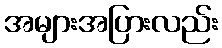
အများအပြားလည်း